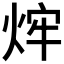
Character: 𤉍